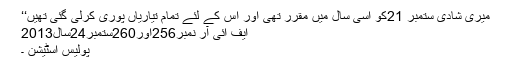
میری شادی ستمبر 21کو اسی سال میں مقرر تھی اور اس کے لئے تمام تیاریاں پوری کرلی گئی تھیں‘‘
ایف ائی آر نمبر256اور260ستمبر24سال2013
پولیس اسٹیشن ۔